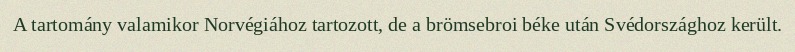
A tartomány valamikor Norvégiához tartozott, de a brömsebroi béke után Svédországhoz került.